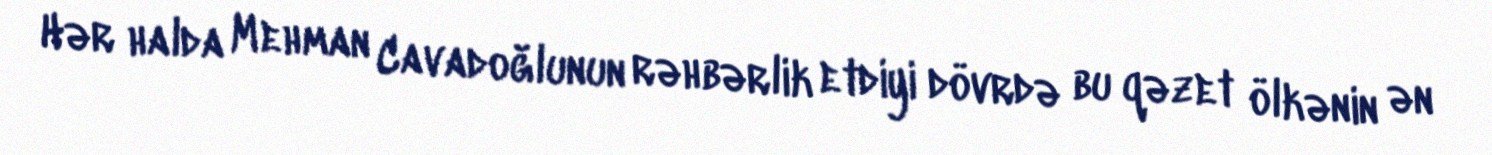
Hər halda Mehman Cavadoğlunun rəhbərlik etdiyi dövrdə bu qəzet ölkənin ən